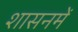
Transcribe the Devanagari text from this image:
शासनमें